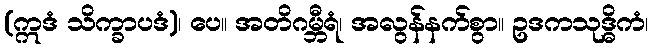
(ဣဒံ သိက္ခာပဒံ)၊ ပေ။ အတိဂမ္ဘီရံ၊ အလွန်နက်စွာ။ ဥဒကသုဒ္ဓိကံ၊